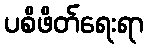
ပစိဖိတ်ရေးရာ